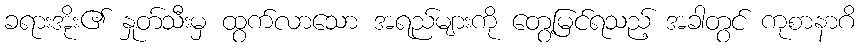
ခရားအိုး၏ နှုတ်သီးမှ ထွက်လာသော အရည်များကို တွေ့မြင်ရသည့် အခါတွင် ကုစာနာဂိ